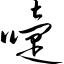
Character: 嚏